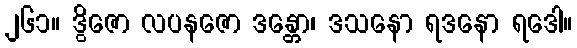
၂၆၁။ ဒွိဇော လပနဇော ဒန္တော၊ ဒသနော ရဒနော ရဒေါ။